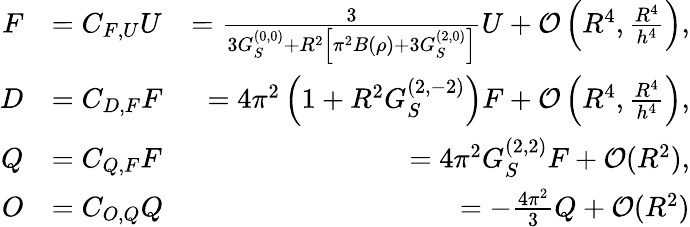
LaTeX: \begin{array}{rlr}{F}&{=C_{F,U}U}&{=\frac{3}{3G_{S}^{(0,0)}+R^{2}\left[\pi^{2}B(\rho)+3G_{S}^{(2,0)}\right]}U+\mathcal{O}\left(R^{4},\frac{R^{4}}{h^{4}}\right),}\\ {D}&{=C_{D,F}F}&{=4\pi^{2}\left(1+R^{2}G_{S}^{(2,-2)}\right)F+\mathcal{O}\left(R^{4},\frac{R^{4}}{h^{4}}\right),}\\ {Q}&{=C_{Q,F}F}&{=4\pi^{2}G_{S}^{(2,2)}F+\mathcal{O}(R^{2}),}\\ {O}&{=C_{O,Q}Q}&{=-\frac{4\pi^{2}}{3}Q+\mathcal{O}(R^{2})}\end{array}